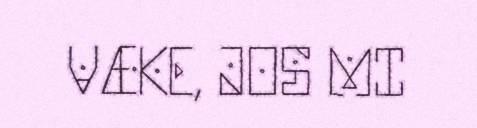
VÆKE, JOS MI